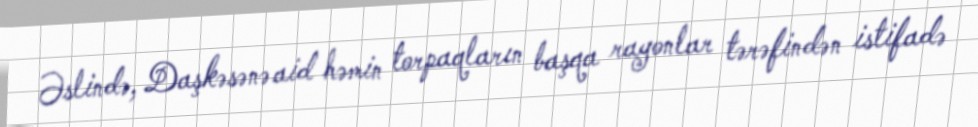
Əslində, Daşkəsənə aid həmin torpaqların başqa rayonlar tərəfindən istifadə